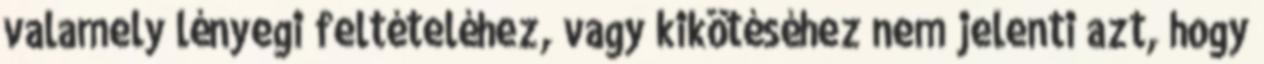
valamely lényegi feltételéhez, vagy kikötéséhez nem jelenti azt, hogy